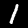
Label: 1